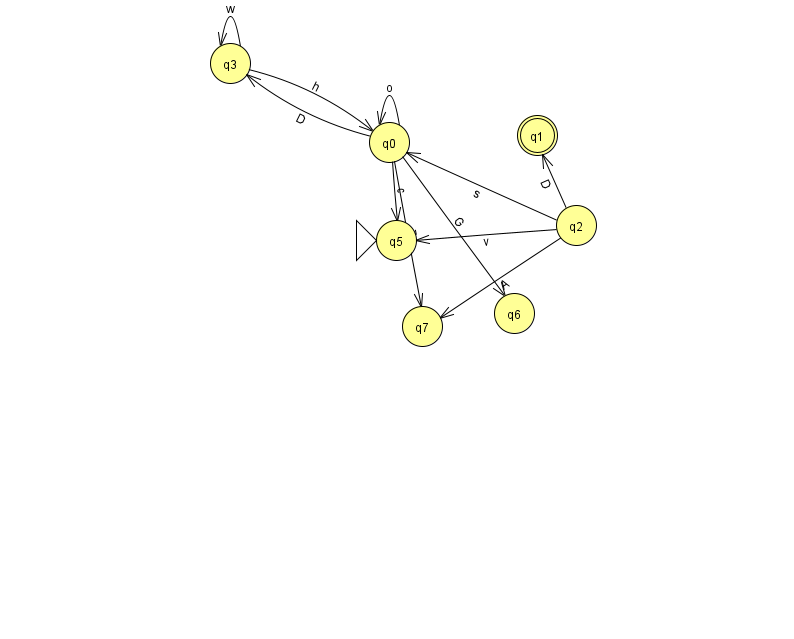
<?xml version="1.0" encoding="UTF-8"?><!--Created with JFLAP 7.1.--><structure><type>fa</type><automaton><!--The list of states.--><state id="0" name="q0"><x>389.0</x><y>129.0</y></state><state id="1" name="q1"><x>537.0</x><y>122.0</y><final/></state><state id="2" name="q2"><x>576.0</x><y>212.0</y></state><state id="3" name="q3"><x>230.0</x><y>50.0</y></state><state id="5" name="q5"><x>396.0</x><y>227.0</y><initial/></state><state id="6" name="q6"><x>514.0</x><y>300.0</y></state><state id="7" name="q7"><x>422.0</x><y>313.0</y></state><!--The list of transitions.--><transition><from>3</from><to>0</to><read>h</read></transition><transition><from>0</from><to>7</to><read>z</read></transition><transition><from>0</from><to>5</to><read>c</read></transition><transition><from>2</from><to>7</to><read>A</read></transition><transition><from>3</from><to>3</to><read>w</read></transition><transition><from>0</from><to>6</to><read>G</read></transition><transition><from>2</from><to>1</to><read>D</read></transition><transition><from>0</from><to>3</to><read>D</read></transition><transition><from>2</from><to>0</to><read>s</read></transition><transition><from>2</from><to>5</to><read>v</read></transition><transition><from>0</from><to>0</to><read>o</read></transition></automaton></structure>